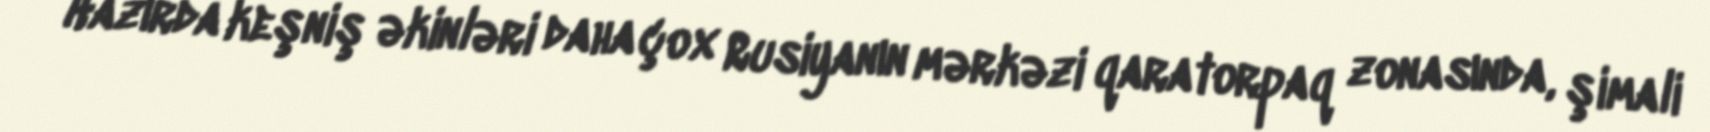
Hazırda keşniş əkinləri daha çox Rusiyanın mərkəzi qaratorpaq zonasında, şimali